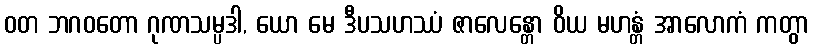
ဝတ ဘဂဝတော ဂုဏသမ္ပဒါ, ယော မေ ဒီပသဟဿံ ဇာလေန္တော ဝိယ မဟန္တံ အာလောကံ ကတွာ